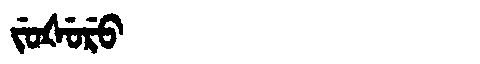
Manchu: ᠵᡠᡧᡠᡵᡠ
Romanization: JUŠURU